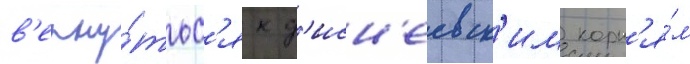
в'ерну́тьс'я к д'исн'еевск'им корн'я́м